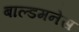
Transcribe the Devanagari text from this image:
बाल्डमनेस